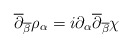
\begin{align*}\overline{\partial}_{\overline{\beta}}\rho_\alpha =i\partial_\alpha \overline{\partial}_{\overline{\beta}}\chi\end{align*}